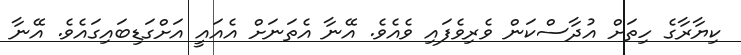
ކިޔާރާގެ ހިތަށް އުދާސްކަން ވެރިވެފައި ވެއެވެ. އޭނާ އެތަނަށް އެއައީ އަށްގަޑިބައިގައެވެ. އޭނާ